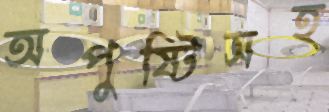
অপুষ্টিসহ